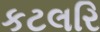
કટલરિ